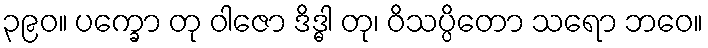
၃၉၀။ ပက္ခော တု ဝါဇော ဒိဒ္ဓါ တု၊ ဝိသပ္ပိတော သရော ဘဝေ။